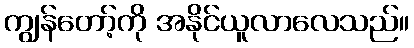
ကျွန်တော့်ကို အနိုင်ယူလာလေသည်။